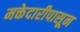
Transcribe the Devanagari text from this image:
मक्तेदारीपासून